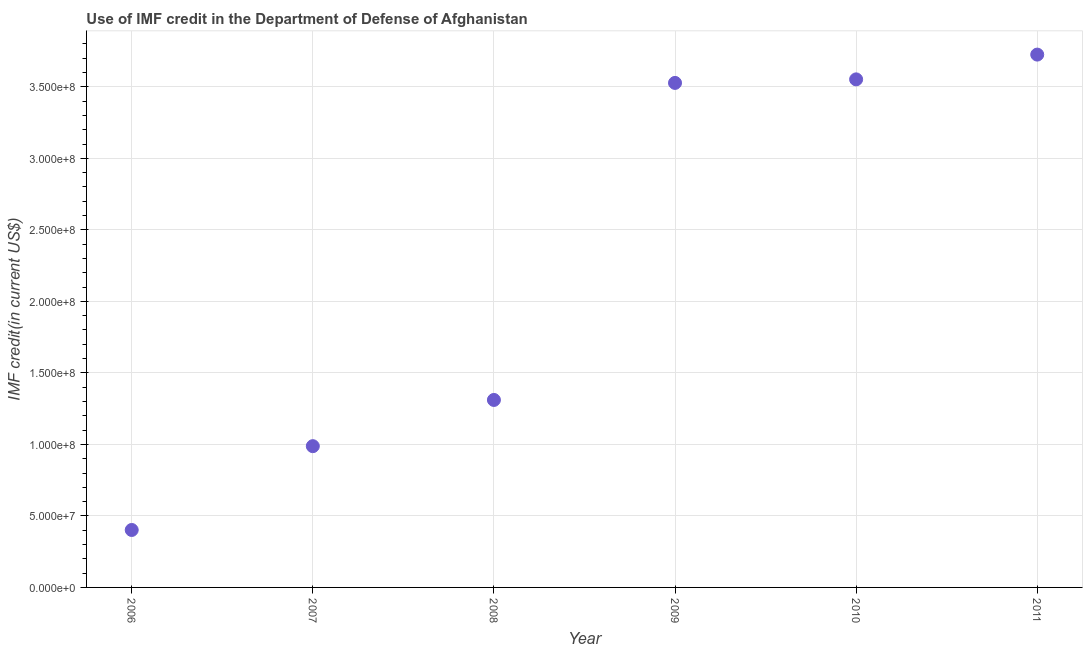
| Year | Use of IMF credit (DOD |
 | --- | --- |
 | 2006 | 4.02e+07 |
 | 2007 | 9.88e+07 |
 | 2008 | 1.31e+08 |
 | 2009 | 3.53e+08 |
 | 2010 | 3.55e+08 |
 | 2011 | 3.73e+08 |